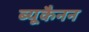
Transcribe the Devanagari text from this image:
ब्यूकैनन